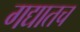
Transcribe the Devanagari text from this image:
गद्यातच